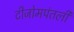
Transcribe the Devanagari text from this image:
टीजोमपंतली